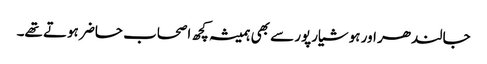
جالندھر اور ہوشیارپور سے بھی ہمیشہ کچھ اصحاب حاضر ہوتے تھے۔